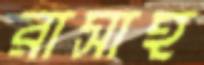
রাসাহ